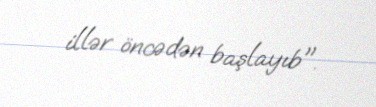
illər öncədən başlayıb".